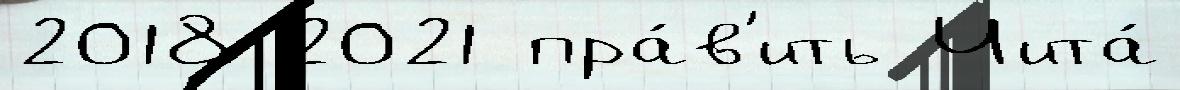
2018 2021 пра́в'ить Чита́